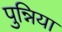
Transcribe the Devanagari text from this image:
पुन्निया